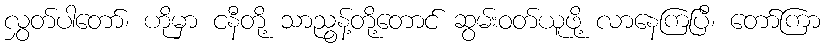
လွှတ်ပါတော်၊ ဟိုမှာ ငနီတို့ သာညွန့်တို့တောင် ဆွမ်းဝတ်ယူဖို့ လာနေကြပြီ၊ တော်ကြာ